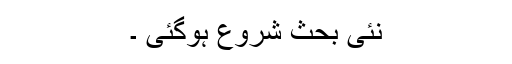
نئی بحث شروع ہوگئی ۔